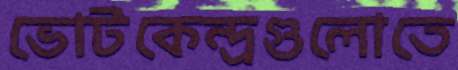
ভোটকেন্দ্রগুলোতে